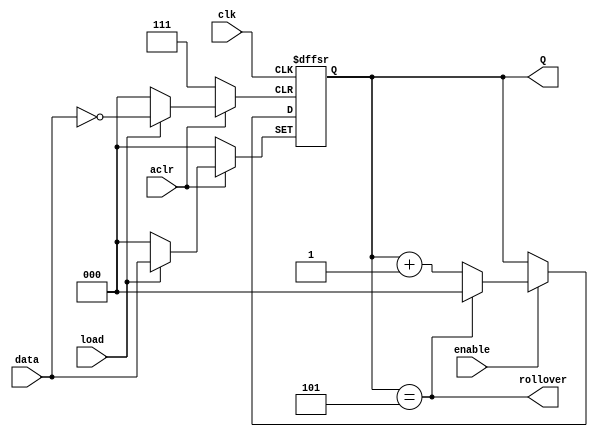
module counter_modulo_k_with_data_load #(parameter k=6)
													(input clk, aclr, enable, load,
													input [N-1:0] data,
													output reg [N-1:0] Q,
													output rollover);
	
	function integer clogb2(input [31:0] v);
		for(clogb2 = 0; v > 0; clogb2 = clogb2+1)
			v = v >> 1;
	endfunction
	
	localparam N = clogb2(k-1);
	
	initial Q = {N{1'b0}};
	
	always @(posedge clk, negedge aclr, posedge load)
		if(!aclr) Q<={N{1'b0}};
		else if (load) Q<=data;
		else begin
			if(enable) begin
				if(Q == k-1)  Q<={N{1'b0}};
				else          Q<= Q + 1'b1;
			end
			else Q<=Q;
		end
		
	assign rollover = (Q == k-1);
	
endmodule